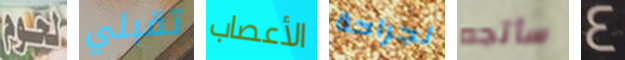
لحوم تقبلي الأعصاب لجراحة سأتجه 4